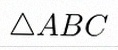
\triangle ABC